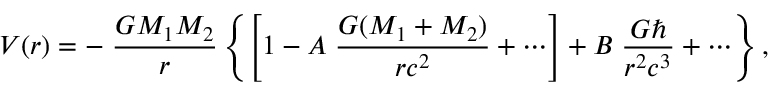
V ( r ) = - \; { \frac { G M _ { 1 } M _ { 2 } } { r } } \left\{ \left[ 1 - A \; { \frac { G ( M _ { 1 } + M _ { 2 } ) } { r c ^ { 2 } } } + \cdots \right] + B \; { \frac { G \hbar } { r ^ { 2 } c ^ { 3 } } } + \cdots \right\} ,